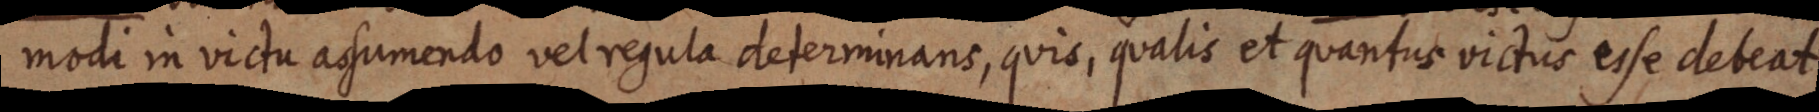
modi in victu assumendo vel regula determinans, quis, qualis et quantus victus esse debeat.